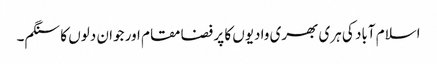
اسلام آباد کی ہری بھری وادیوں کا پر فضا مقام اور جوان دلوں کا سنگم۔